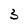
Character: 3